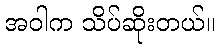
အဝါက သိပ်ဆိုးတယ်။